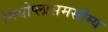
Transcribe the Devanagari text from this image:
नियोप्लासमसौम्य